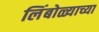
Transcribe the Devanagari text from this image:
लिंबोळ्याच्या